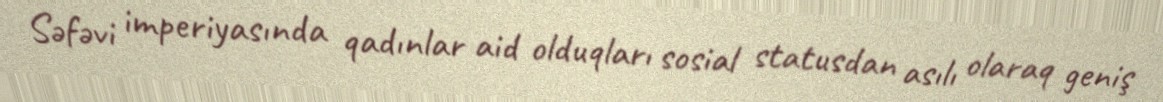
Səfəvi imperiyasında qadınlar aid olduqları sosial statusdan asılı olaraq geniş